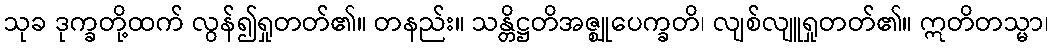
သုခ ဒုက္ခတို့ထက် လွန်၍ရှုတတ်၏။ တနည်း။ သန္တိဋ္ဌတိအဇ္ဈုပေက္ခတိ၊ လျစ်လျူရှုတတ်၏။ ဣတိတသ္မာ၊